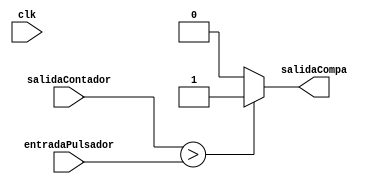
module comparador (
    input clk,
    input  [SIZE-1:0] salidaContador,
    input  [SIZE-1:0] entradaPulsador,
    output salidaCompa
  );
parameter SIZE = 19;

assign salidaCompa = (salidaContador > entradaPulsador) ?1'b1:1'b0;

  
endmodule